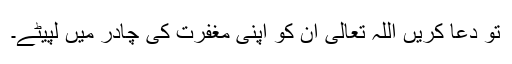
تو دعا کریں اللہ تعالیٰ ان کو اپنی مغفرت کی چادر میں لپیٹے۔